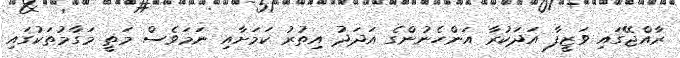
ރާއްޖޭގައި ވަޒީފާ އަދަކުރާ އަންހެނުންގެ އަދަދު އިތުރު ކަމަށާއި ނަމަވެސް މަތީ މަގާމުތަކުގައި